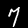
Digit: 7